Lunatic asylums Bombay report 1891-1903 - 1891-1903
Year: 1891
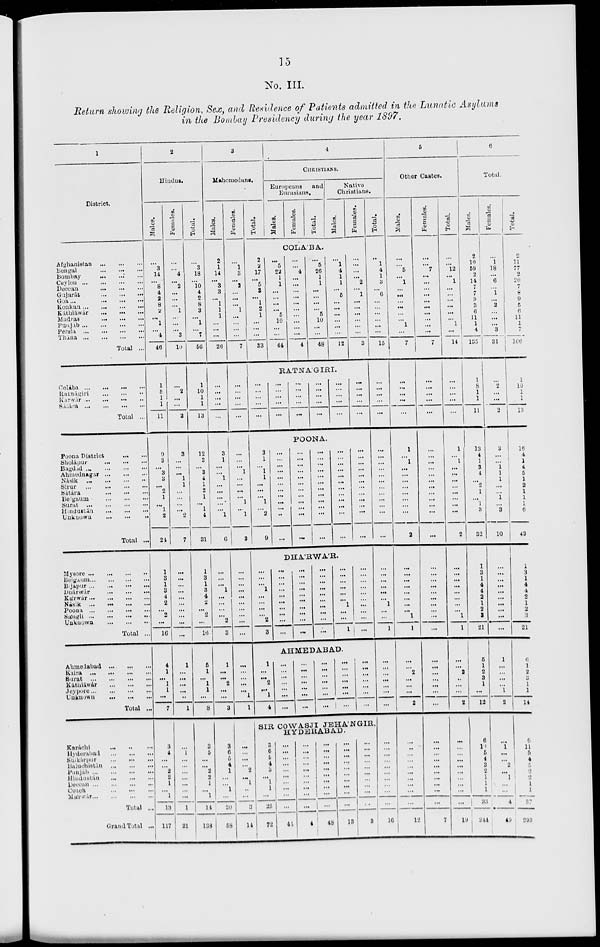
15
No. III.
Return showing the Religion, Sex, and Residence of Patients admitted in the Lunatic Asylums
in the Bombay Presidency during the year 1897.
1
District.
Afghanistan
...
...
...
Bengal
...
...
...
Bombay
...
...
...
Ceylon
...
...
...
...
Deccan ... ... ...
Gujarat
...
...
...
Goa
...
...
...
...
Konkan
...
...
...
Káthiáwár
...
...
...
Madias
...
...
...
Punjab
...
...
...
...
Persia
...
...
...
...
Thána
...
...
...
...
Total ...
Colába
...
...
...
...
Ratnágiri
...
...
...
Karwár
...
...
...
...
Sáuása ... ... ... ...
Total ...
Poona District
...
...
Sholápur
...
...
...
Bagdad
...
...
...
Ahmednagar
...
...
...
Násik
...
...
...
...
Sirur
...
...
...
...
Sátára
...
...
...
Belgaum
...
...
...
Surat
...
...
...
...
Hindustán
...
...
...
Unknown
...
...
...
Total ...
Mysore
...
...
...
...
Belgaum
...
...
...
...
Bijapur
...
...
...
...
Dhárwár
...
...
...
Kárwár
...
...
...
...
Násik
...
...
...
...
Poona ... ... ... ...
Sángli
...
...
...
...
Unknown
...
...
...
Total ...
Ahmedabad
...
...
...
Kaira
...
...
...
...
Surat
...
...
...
...
Káthiáwár
...
...
...
Jeypore ... ... ... ...
Unknown
...
...
...
Total ...
Karáchi
...
...
...
Hyderabad
...
...
...
Sinkárpur
...
...
...
Baluchistán
...
...
...
Punjab
...
...
...
...
Hindustán
...
...
...
Deccan
...
...
...
...
Cotch
...
...
...
Márwár
...
...
...
...
Total ...
Grand Total ...
2
Hindus.
Males.
...
3
14
...
8
4
2
8
2
...
1
...
4
46
1
8
1
1
11
9
3
...
3
3
...
2
1
...
1
2
24
1
3
1
3
4
2
...
2
...
16
4
1
...
1
1
...
7
3
4
...
...
2
2
1
...
1
13
117
Females.
...
...
4
...
2
...
...
...
1
...
...
...
3
10
...
2
...
...
2
3
...
...
...
1
1
...
...
...
...
2
7
...
...
...
...
...
...
...
...
...
...
1
...
...
...
...
...
1
...
1
...
...
...
...
...
...
...
1
21
Total.
...
3
18
...
10
4
2
8
3
...
1
...
7
56
1
10
1
1
13
12
3
...
3
4
1
2
1
...
1
4
31
1
3
1
3
4
2
...
2
...
16
5
1
...
1
1
...
8
3
5
...
...
2
2
1
...
1
14
138
3
Mahomedans.
Males.
2
1
14
...
3
3
...
1
1
1
...
...
...
26
...
...
...
...
...
3
1
...
...
1
...
...
...
...
...
1
6
...
...
...
1
...
...
...
...
2
3
1
...
...
2
...
...
3
3
6
5
4
1
...
1
1
...
20
58
Females.
...
1
3
...
2
...
...
...
1
...
...
...
...
7
...
...
...
...
...
...
...
...
1
...
...
...
...
1
...
1
3
...
...
...
...
...
...
...
...
...
...
...
...
...
...
...
1
1
...
...
...
...
2
...
...
...
...
3
11
Total.
4
CHRISTIANS.
Europeans and
Eurasians.
Males.
Females.
Total.
Native
Christians.
Males.
Females.
COLÁBA.
2
2
17
...
5
3
...
1
2
1
...
...
...
33
...
5
22
1
1
...
...
...
...
5
10
...
...
44
...
...
4
...
...
...
...
...
...
...
...
...
...
4
...
5
26
1
1
...
...
...
...
5
10
...
...
48
...
1
4
1
1
...
5
...
...
...
...
...
...
12
...
...
...
...
2
...
1
...
...
...
...
...
...
3
RATNAGIRI.
...
...
...
...
...
...
...
...
...
...
...
...
...
...
...
...
...
...
...
...
...
...
...
...
...
...
...
...
...
...
POONA.
3
1
...
1
1
...
...
...
1
...
2
9
...
...
...
...
...
...
...
...
...
...
..
...
...
...
...
...
...
...
...
...
...
...
...
...
...
...
...
...
...
...
...
...
...
...
...
...
...
...
...
...
...
...
...
...
...
...
...
...
...
...
...
...
...
...
...
...
...
...
...
...
DHARWÁR.
...
...
...
1
...
...
...
...
2
3
...
...
...
...
...
...
...
...
...
...
...
...
...
...
...
...
...
...
...
...
...
...
...
...
...
...
...
...
...
...
...
...
...
...
...
...
1
...
...
1
...
...
...
...
...
...
...
...
...
...
AHMEDABAD.
1
...
...
2
...
1
4
...
...
...
...
...
...
...
...
...
...
...
...
...
...
...
...
...
...
...
...
...
...
...
...
...
...
...
...
...
...
...
...
...
...
...
SIR
COWASJI
JEHÁNGIR,
HYDERABAD.
3
6
5
4
3
...
1
1
...
23
72
...
...
...
...
...
...
...
...
...
...
44
...
...
...
...
...
...
...
...
...
...
4
...
...
...
...
...
...
...
...
...
...
48
...
...
...
...
...
...
...
...
...
...
13
...
...
...
...
...
...
...
...
...
...
3
Total.
...
1
4
1
3
...
6
...
...
...
...
...
...
15
...
...
...
...
...
...
...
...
...
...
...
...
...
...
...
...
...
...
...
...
...
...
1
...
...
1
...
...
...
...
...
...
...
...
...
...
...
...
...
...
...
...
...
16
5
Other Castes.
Males.
...
...
5
...
1
...
...
...
...
...
...
1
...
7
...
...
...
...
...
1
...
1
...
...
...
...
...
...
...
...
2
...
...
...
...
...
...
...
...
1
1
...
...
2
...
...
...
2
...
...
...
...
...
...
...
...
...
...
12
Females.
...
...
7
...
...
...
...
...
...
...
...
...
...
7
...
...
...
...
...
...
...
...
...
...
...
...
...
...
...
...
...
...
...
...
...
...
...
...
...
...
...
...
...
...
...
...
...
...
...
...
...
...
...
...
...
...
...
...
7
Total.
...
...
12
...
1
...
...
...
...
...
...
1
...
14
...
...
...
...
...
1
...
1
...
...
...
...
...
...
...
...
2
...
...
...
...
...
...
...
...
1
1
...
...
2
...
...
...
2
...
...
...
...
...
...
...
...
...
...
19
6
Total.
Males.
2
10
59
2
14 7
7
9
3
6
11
1
4
135
1
8
1
1
11
13
4
1
3
4
...
2
1
... 1
3
32
1
3
1
4
4
2
1
2
8
21
5
1
2
3
1
...
12
6
10
5
4
3
2
1
1
1
33
214
Females.
...
1
18
...
6
...
1
...
2
...
...
...
3
31
...
2
...
...
2
3
...
...
1
1
1
...
...
1
...
3
10
...
...
...
...
...
...
...
...
...
...
1
...
...
...
...
1
2
...
1
...
...
2
...
1
...
...
1
49
Total.
2
11
77
2
20
7
8
9
5
6
11
1
7
166
1
10
1
1
13
15
4
1
4
5
1
2
1
1
1
6
42
1
3
1
4
4
2
1
2
3
21
6
1
2
3
1
1
14
6
11
5
4
5
2
2
1
1
37
293